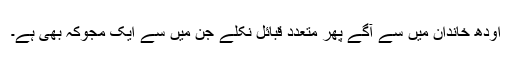
اودھ خاندان میں سے آگے پھر متعدد قبائل نکلے جن میں سے ایک مجوکہ بھی ہے۔